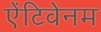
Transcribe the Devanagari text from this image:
ऐंटिवेनम